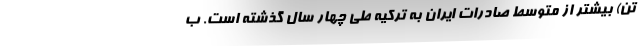
تن) بیشتر از متوسط صادرات ایران به ترکیه طی چهار سال گذشته است. ب